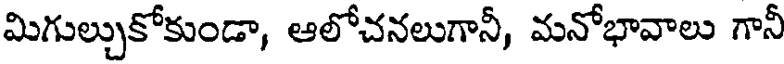
మిగుల్చుకోకుండా, ఆలోచనలుగానీ, మనోభావాలు గానీ